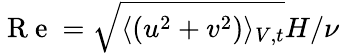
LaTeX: \mathrm{~R~e~}=\sqrt{\langle(u^{2}+v^{2})\rangle_{V,t}}H/\nu